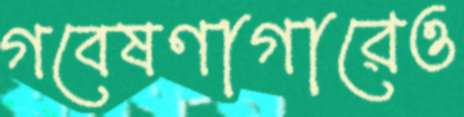
গবেষণাগারেও